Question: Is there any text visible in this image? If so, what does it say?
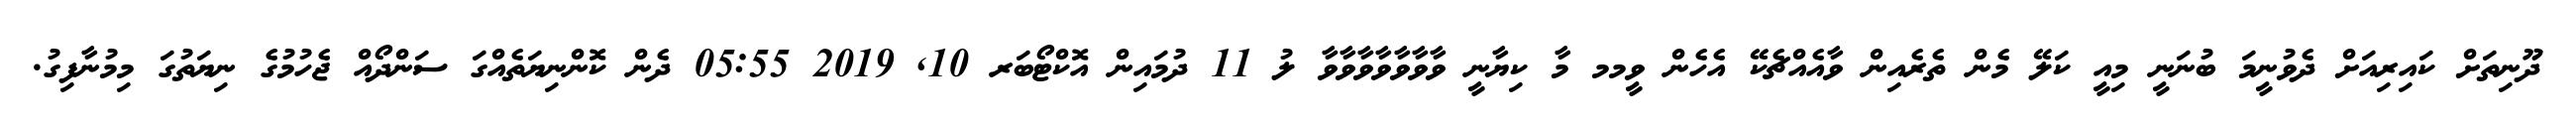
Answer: ދޫނިތަށް ކައިރިއަށް ދެވުނީމަ ބުނަނީ މިއީ ކަލޭ މެން ތެރެއިން ވާއެއްޗެކޭ އެހެން ވީމމ މާ ކިޔާނީ ވާވާވާވާވާވާވާ ލު 11 ދުމައިން އޮކްޓޯބަރ 10, 2019 05:55 ދެން ކޮންނިޔަތެއްގަ ސަންދޯއް ޖެހުމުގެ ނިޔަތުގަ މިމުނާފިގު.